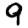
Digit: 9